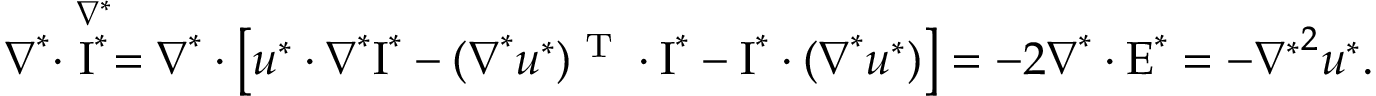
\boldsymbol { \nabla } ^ { * } \boldsymbol { \cdot } \stackrel { \nabla ^ { * } } { \boldsymbol { \mathrm { I } } ^ { * } } = \boldsymbol { \nabla } ^ { * } \boldsymbol { \cdot } \left[ \boldsymbol { u } ^ { * } \boldsymbol { \cdot } \boldsymbol { \nabla } ^ { * } \boldsymbol { \mathrm { I } } ^ { * } - ( \boldsymbol { \nabla } ^ { * } \boldsymbol { u } ^ { * } ) ^ { \textrm { T } } \boldsymbol { \cdot } \boldsymbol { \mathrm { I } } ^ { * } - \boldsymbol { \mathrm { I } } ^ { * } \boldsymbol { \cdot } ( \boldsymbol { \nabla } ^ { * } \boldsymbol { u } ^ { * } ) \right] = - 2 \boldsymbol { \nabla } ^ { * } \boldsymbol { \cdot } \boldsymbol { \mathrm { E } } ^ { * } = - { \nabla ^ { * } } ^ { 2 } \boldsymbol { u } ^ { * } .